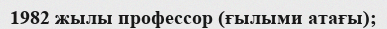
1982 жылы профессор (ғылыми атағы);